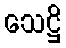
သေဋ္ဌိ